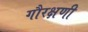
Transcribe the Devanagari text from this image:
गौरक्षणी